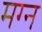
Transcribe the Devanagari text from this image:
मग्‍न